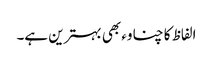
الفاظ کا چناوء بھی بہترین ہے۔